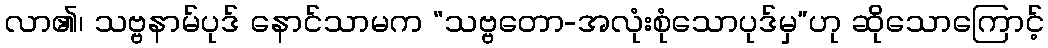
လာ၏၊ သဗ္ဗနာမ်ပုဒ် နောင်သာမက “သဗ္ဗတော-အလုံးစုံသောပုဒ်မှ”ဟု ဆိုသောကြောင့်